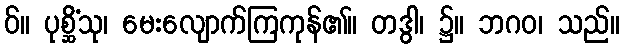
ဝ်။ ပုစ္ဆိံသု၊ မေးလျောက်ကြကုန်၏။ တဒွါ၊ ၌။ ဘဂဝ၊ သည်။